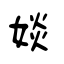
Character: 婒